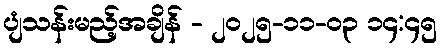
ပျံသန်းမည့်အချိန် - ၂၀၂၅-၁၁-၀၃ ၁၄:၄၅